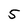
Character: 5